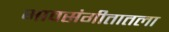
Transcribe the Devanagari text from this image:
भावसंगीतातला